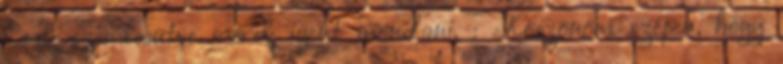
Csak szemlesütve merek igent mondani. : Köszönöm szépen, hogy